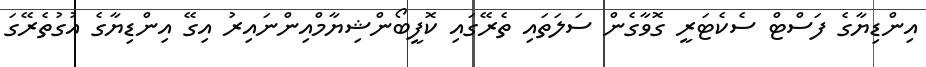
އިންޑިޔާގެ ފަސްޓް ސެކެޓަރީ ގޮވާގެން ސަލަތައި ތެރޭގައި ކޮފީބޯންޝިޔާމްއިންނައިރު އިގޭ އިންޑިޔާގެ އުގުތެރޭގަ